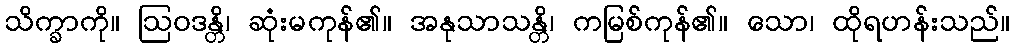
သိက္ခာကို။ ဩဝဒန္တိ၊ ဆုံးမကုန်၏။ အနုသာသန္တိ၊ ကမြစ်ကုန်၏။ သော၊ ထိုရဟန်းသည်။